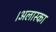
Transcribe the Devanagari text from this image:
।अलास्का